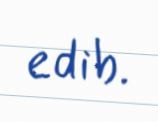
edib.